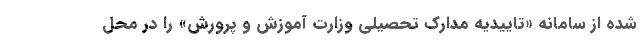
شده از سامانه «تاییدیه مدارک تحصیلی وزارت آموزش و پرورش» را در محل